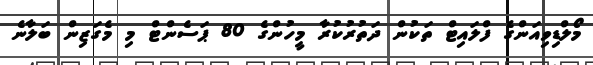
މޯލްޑިވިއަންގެ ފްލައިޓް ތަކުން ދަތުރުކުރާ މީހުންގެ 80 ޕަސެންޓް މި މެގަޒިން ބަލާނެ